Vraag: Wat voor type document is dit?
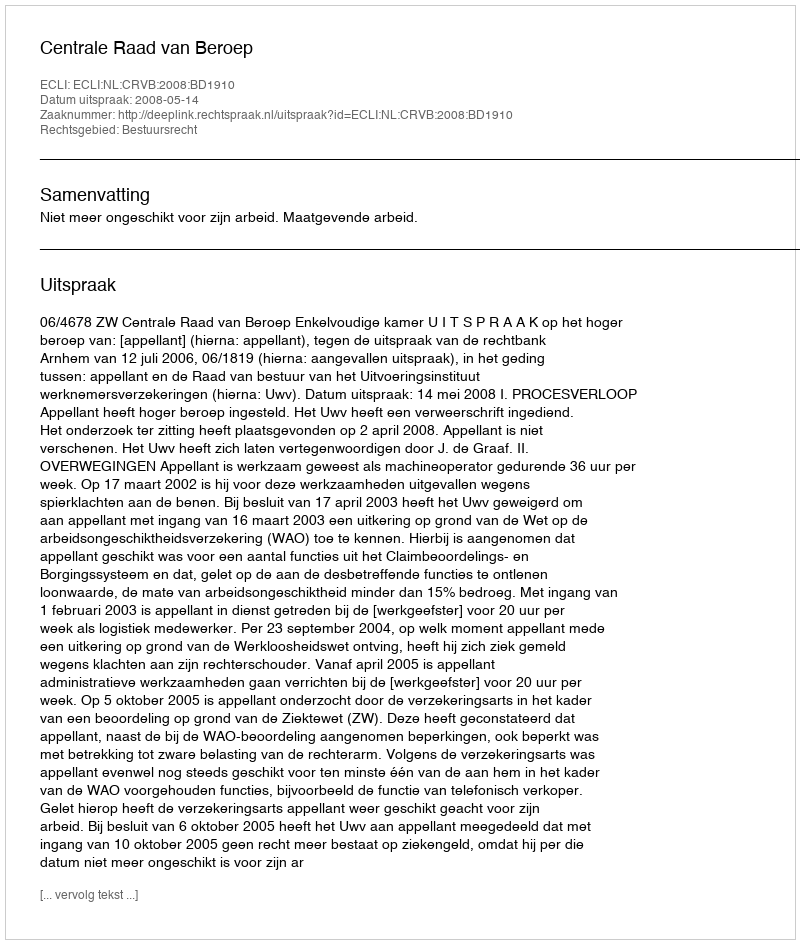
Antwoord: Uitspraak